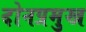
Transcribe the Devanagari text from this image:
दोनप्रमुख